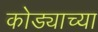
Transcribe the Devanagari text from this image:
कोड्याच्या